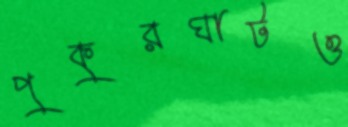
পুকুরঘাটও